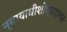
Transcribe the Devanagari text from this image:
न्यायाधीशोप्यदालतः